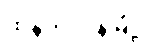
ထန်တလန်မြို့